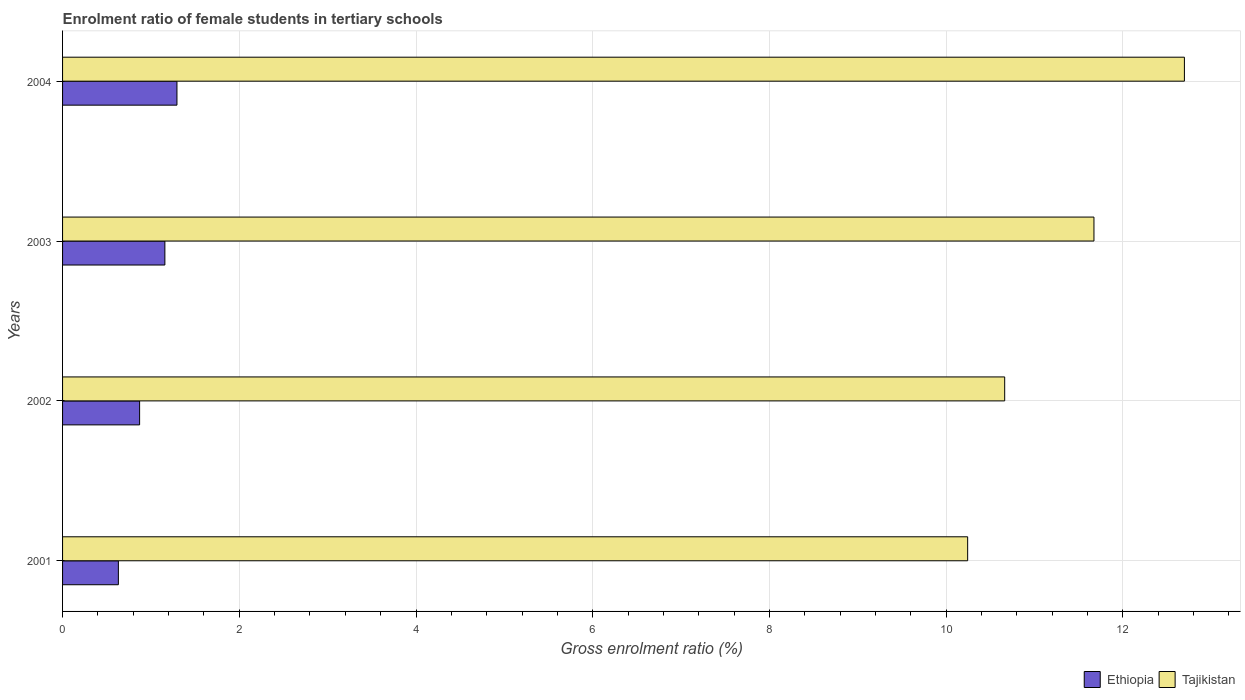
| Years | Ethiopia | Tajikistan |
 | --- | --- | --- |
 | 2001 | 0.632 | 10.2 |
 | 2002 | 0.872 | 10.7 |
 | 2003 | 1.16 | 11.7 |
 | 2004 | 1.29 | 12.7 |